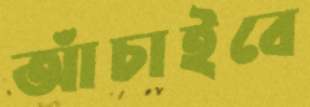
আঁচাইবে